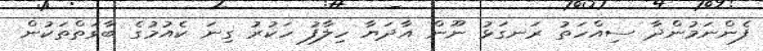
ފެންނަމުންދާ ސިއްހަތު ރަނގަޅު ނޫން އާދަޔާ ހިލާފު ހަކުރު ގިނަ ކެއުމުގެ ބާވަތްތަކުން